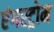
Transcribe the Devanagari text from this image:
एंगस्ट्रोम